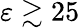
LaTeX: \varepsilon\gtrsim 25